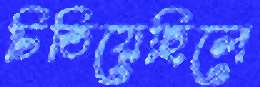
চিতিয়েছিলে